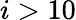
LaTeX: i>10